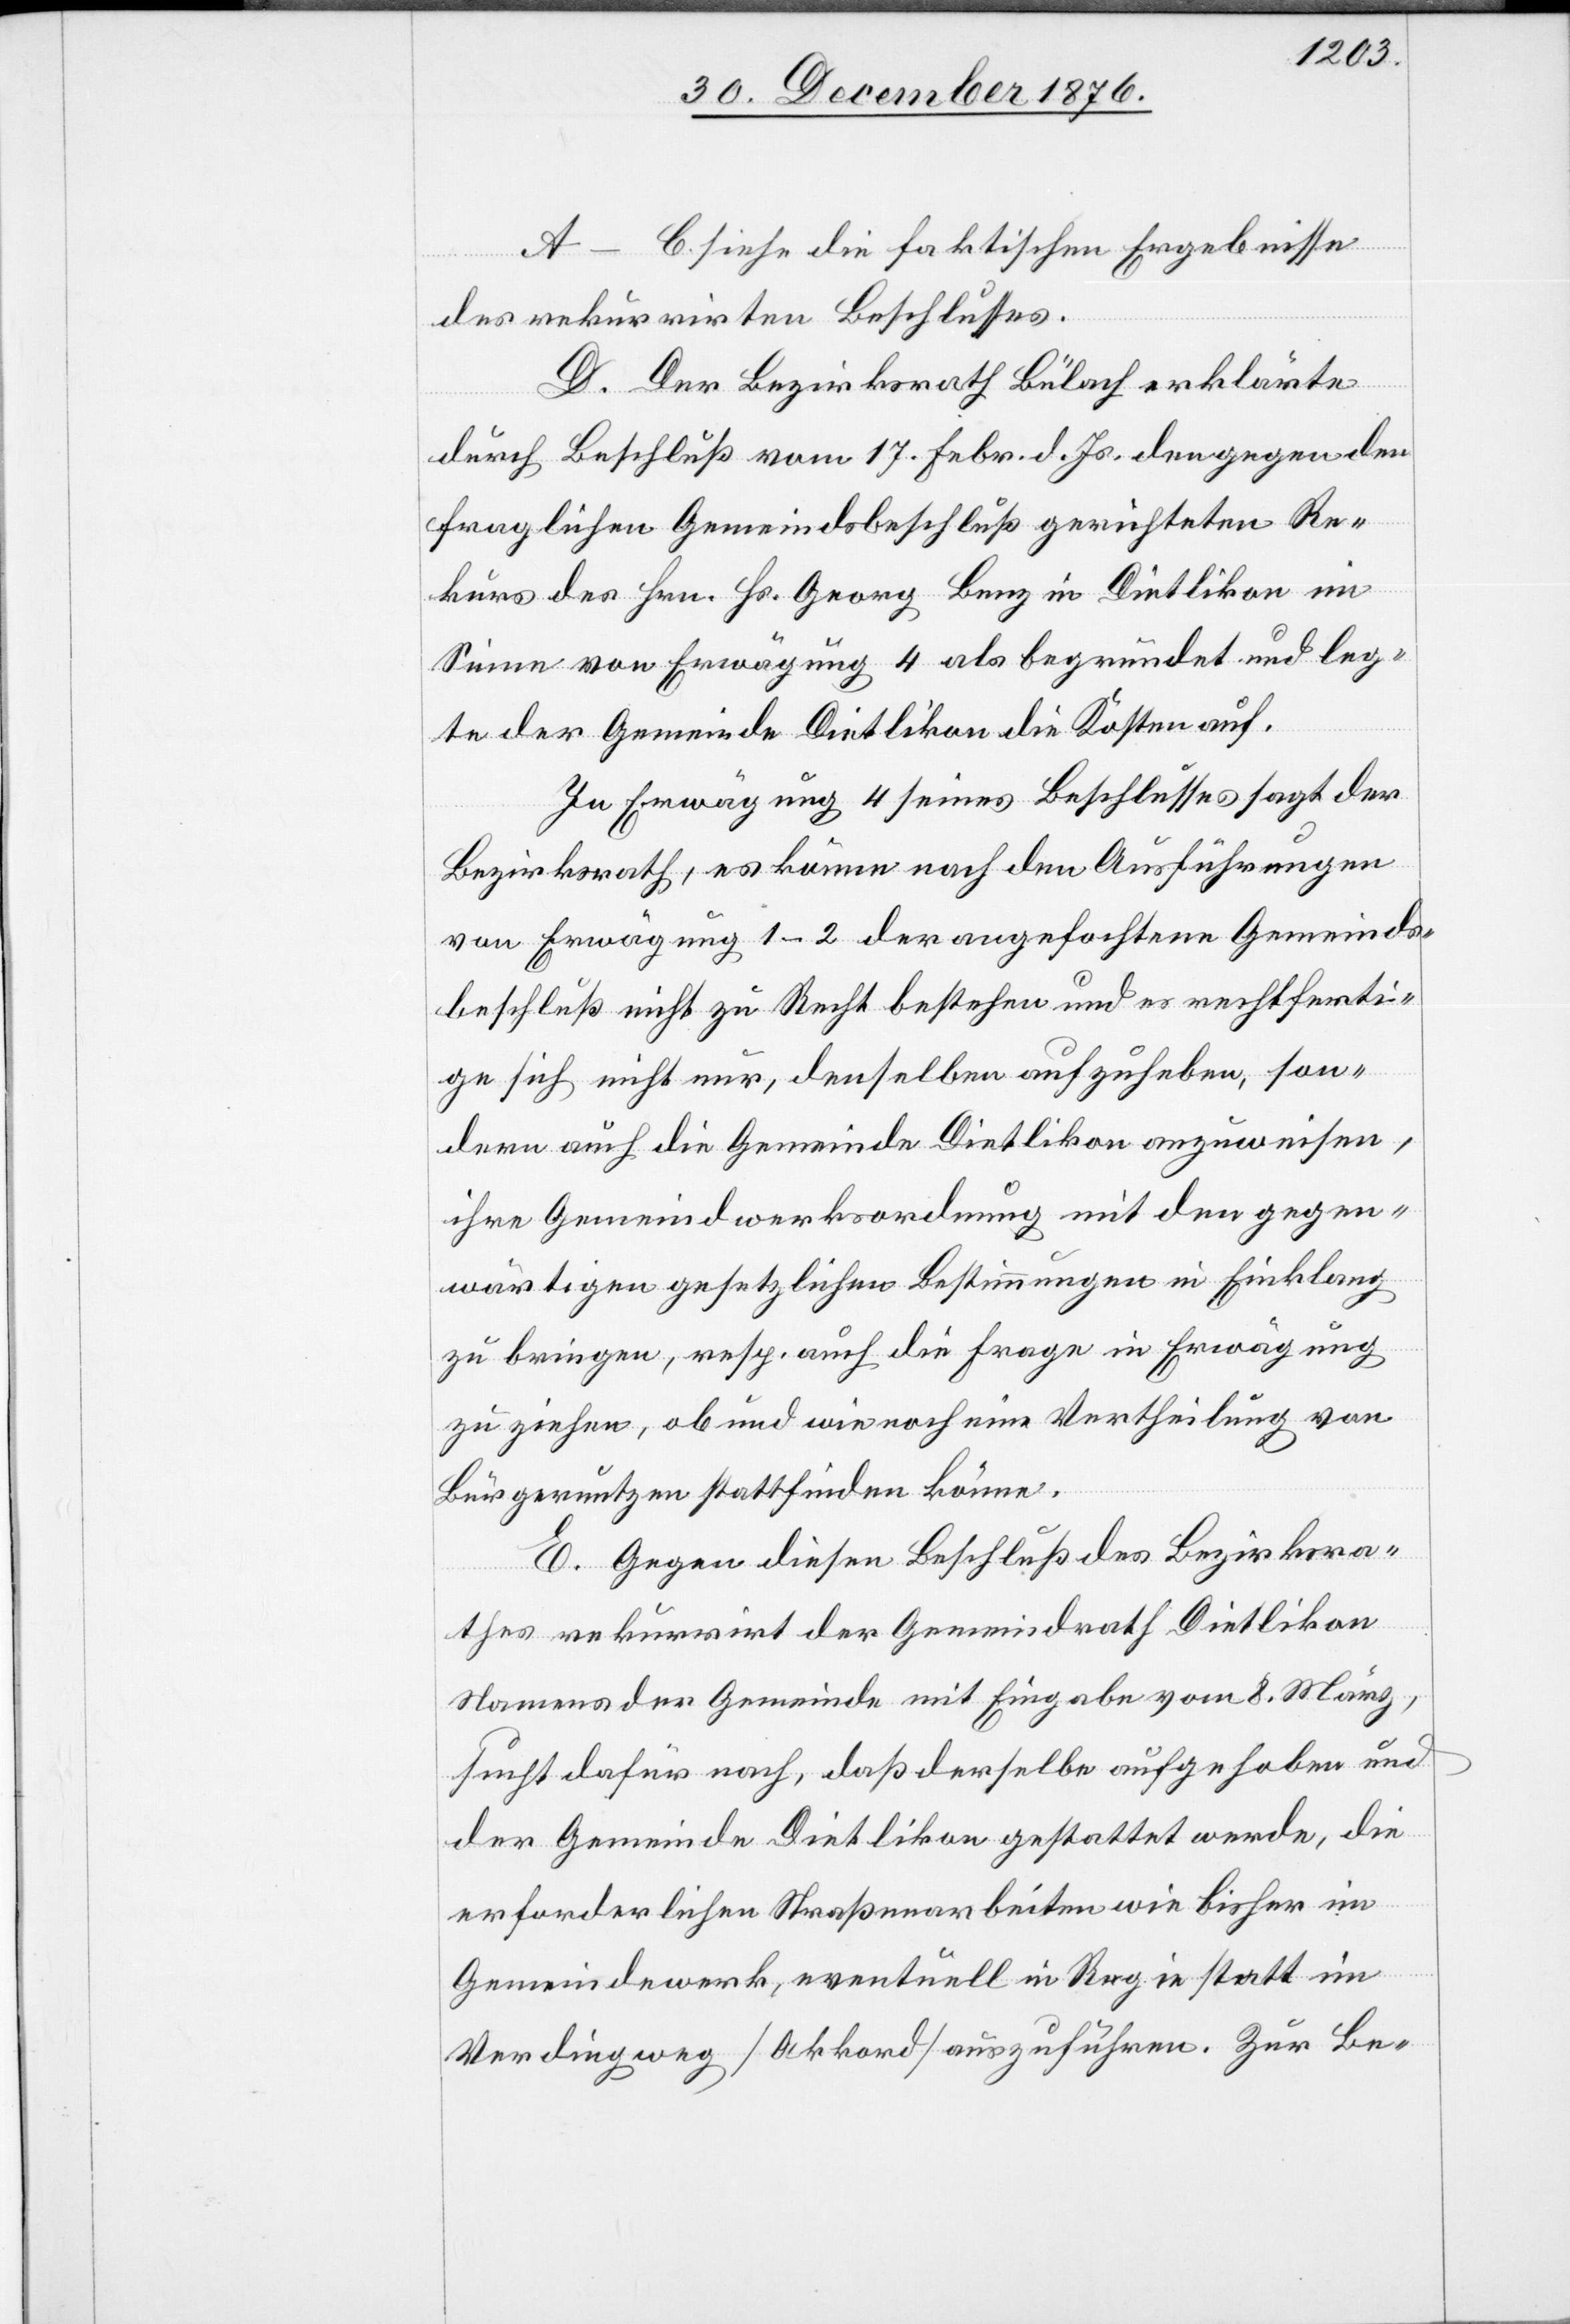
A–C. Siehe die faktischen Ergebnisse
des rekurrirten Beschlusses.
D. Der Bezirksrath Bülach erklärte
durch Beschluß vom 17. Febr. d. Js. den gegen den
fraglichen Gemeindsbeschluß gerichteten Re¬
kurs des Hrn. Hs. Georg Benz in Dietlikon im
Sinne von Erwägung 4 als begründet und leg¬
te der Gemeinde Dietlikon die Kosten auf.
In Erwägung 4 seines Beschlusses sagt der
Bezirksrath, es könne nach den Ausführungen
von Erwägung 1–2 der angefochtene Gemeinds¬
beschluß nicht zu Recht bestehen und es rechtferti¬
ge sich nicht nur, denselben aufzuheben, son¬
dern auch die Gemeinde Dietlikon anzuweisen,
ihre Gemeindwerksordnung mit den gegen¬
wärtigen gesetzlichen Bestimmungen in Einklang
zu bringen, resp. Auch die Frage in Erwägung
zu ziehen, ob und wie noch eine Vertheilung von
Bürgernutzen stattfinden könne.
E. Gegen diesen Beschluß des Bezirksra¬
thes rekurrirt der Gemeindrath Dietlikon
Namens der Gemeinde mit Eingabe vom 8. März,
sucht dafür nach, daß derselbe aufgehoben und
der Gemeinde Dietlikon gestattet werde, die
erforderlichen Straßenarbeiten wie bisher im
Gemeindewerk, eventuell in Regie statt im
Verdingweg [Akkord] auszuführen. Zur Be-